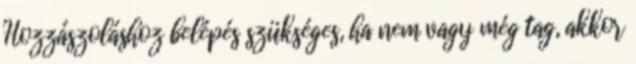
Hozzászoláshoz belépés szükséges, ha nem vagy még tag, akkor